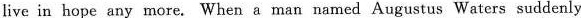
live in hope any more. When a man named Augustus Waters suddenly